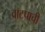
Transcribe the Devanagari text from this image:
वाटपाची